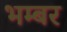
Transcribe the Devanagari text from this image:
भम्बर